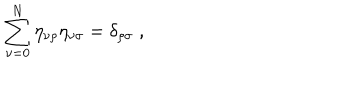
\sum _ { \nu = 0 } ^ { N } \eta _ { \nu \rho } \eta _ { \nu \sigma } = \delta _ { \rho \sigma } \; ,